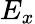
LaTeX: E_{x}